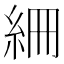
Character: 𥿑